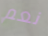
نعم